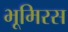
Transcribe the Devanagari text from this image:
भूमिरस